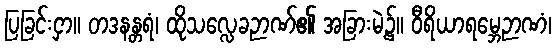
ပြခြင်းငှာ။ တဒနန္တရံ၊ ထိုသလ္လေခဉာဏ်၏ အခြားမဲ့၌။ ဝီရိယာရမ္ဘေဉာဏံ၊